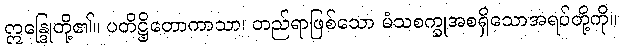
ဣန္ဒြေုတို့၏။ ပတိဋ္ဌိတောကာသာ၊ တည်ရာဖြစ်သော မံသစက္ခုအစရှိသောအရပ်တို့ကို။